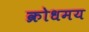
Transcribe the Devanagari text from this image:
क्रोधमय